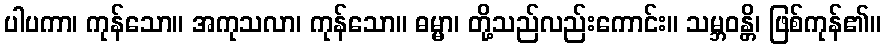
ပါပကာ၊ ကုန်သော။ အကုသလာ၊ ကုန်သော။ ဓမ္မာ၊ တို့သည်လည်းကောင်း။ သမ္ဘဝန္တိ၊ ဖြစ်ကုန်၏။